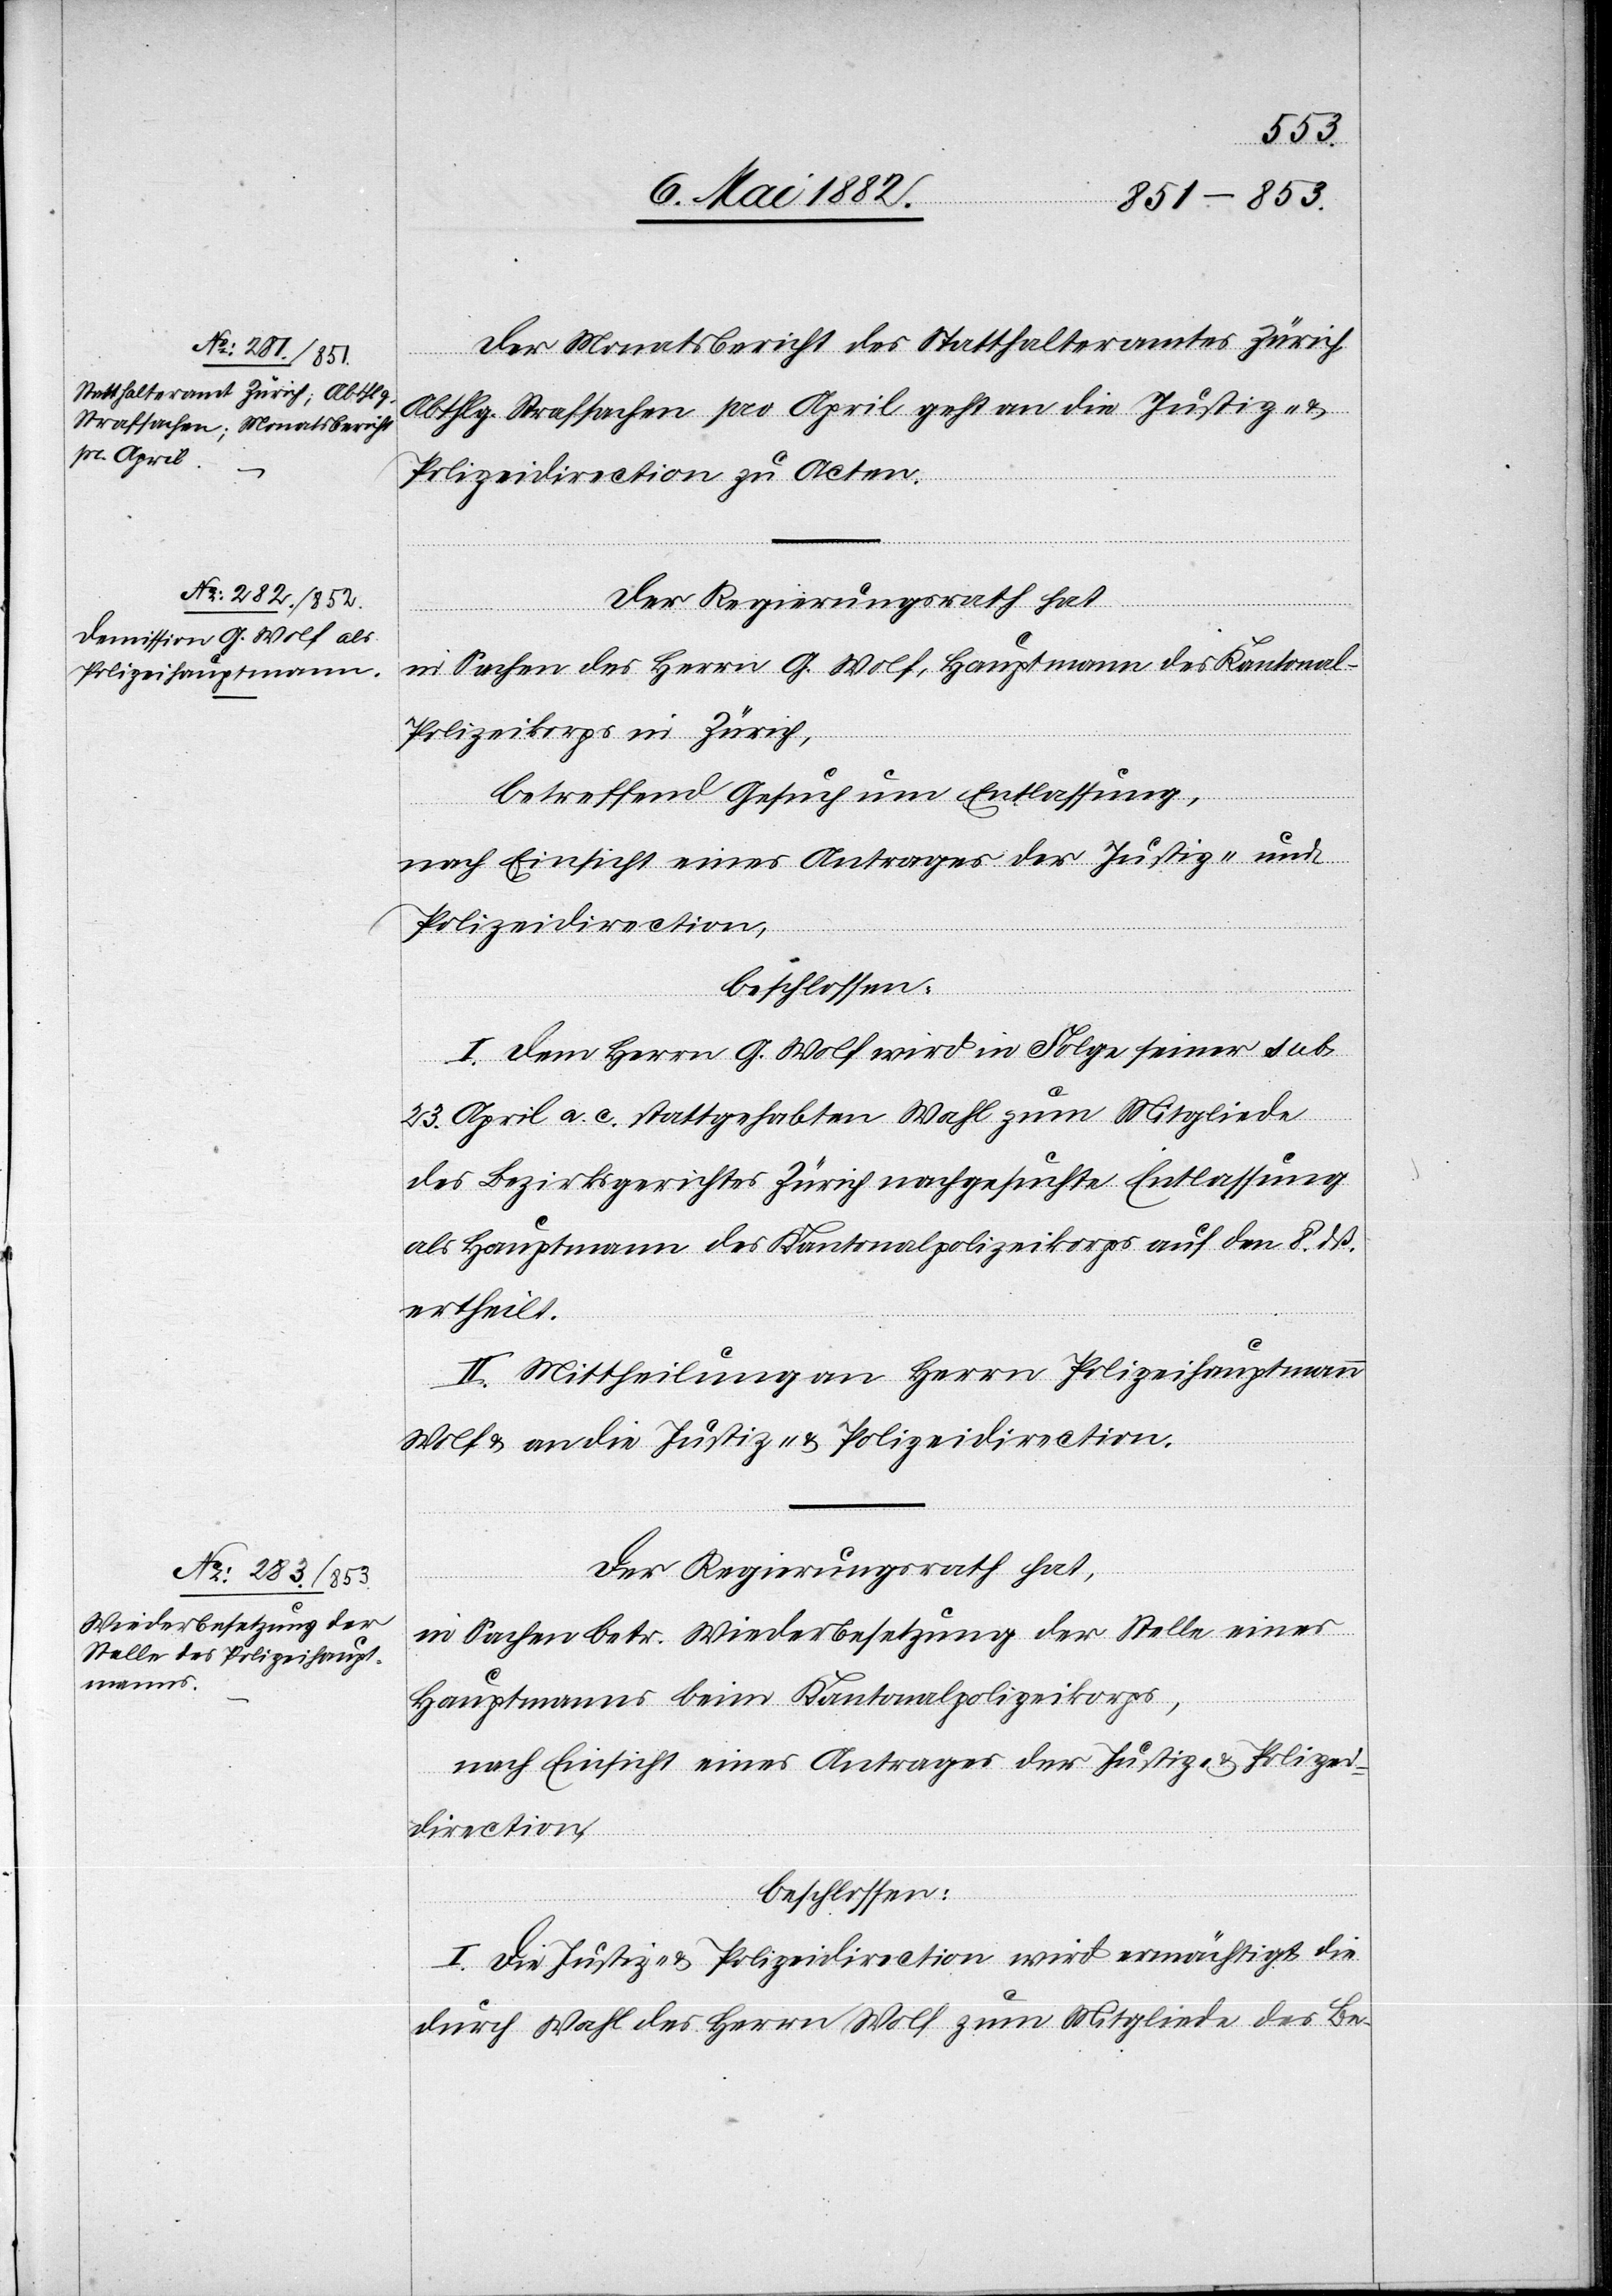
Der Mandatsbericht des Statthalteramtes Zürich
Abthlg. Strafsachen pro April geht an die Justiz- &
Polizeidirection zu Acten.
Der Regierungsrath hat
in Sachen des Herrn G. Wolf, Hauptmann des Kantonal-P¬
olizeikorps in Zürich,
betreffend Gesuch um Entlassung,
I. Dem Herrn G. Wolf wird [seine] in Folge seiner sub.
23. April. a. c. stattgehabten Wahl zum Mitgliede
des Bezirksgerichtes Zürich nachgesuchte Entlassung
als Hauptmann des Kantonalpolizeikorps auf den 8. dß.
ertheilt.
II. Mittheilung an Herrn Polizeihauptmann
Wolf & an die Justiz- & Polizeidirection.
in Sachen betr. Wiederbesetzung der Stelle eines
Hauptmanns beim Kantonalpolizeikorps,
nach Einsicht eines Antrages der Justiz- & Polizei¬
direction,
beschlossen:
I. Die Justiz- & Polizeidirection wird ermächtigt, die
durch Wahl des Herrn Wolf zum Mitgliede des Be-